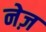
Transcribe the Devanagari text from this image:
नेज़